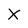
Character: X